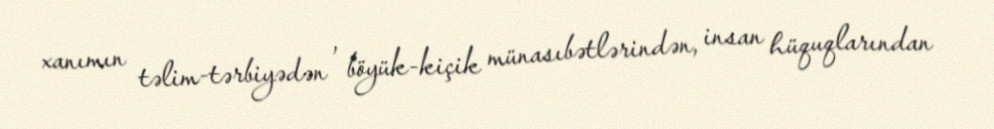
xanımın təlim-tərbiyədən , böyük-kiçik münasıbətlərindən, insan hüquqlarından